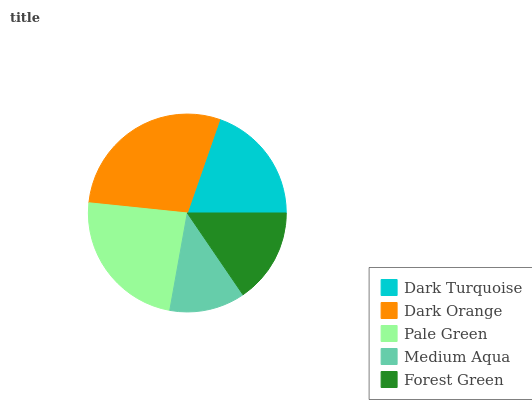
| Dark Turquoise | Dark Orange | Pale Green | Medium Aqua | Forest Green |
 | --- | --- | --- | --- | --- |
 | 19.7% | 28.6% | 23.9% | 12.3% | 15.5% |